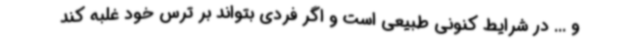
و ... در شرایط کنونی طبیعی است و اگر فردی بتواند بر ترس خود غلبه کند